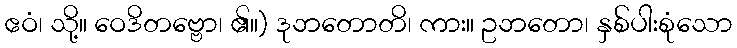
ဧဝံ၊ သို့။ ဝေဒိတဗ္ဗော၊ ၏။) ဒုဘတောတိ၊ ကား။ ဥဘတော၊ နှစ်ပါးစုံသော